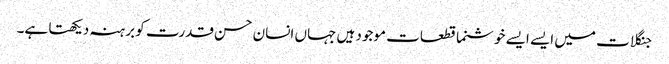
جنگلات میں ایسے ایسے خوشنما قطعات موجود ہیں جہاں انسان حسن قدرت کو برہنہ دیکھتا ہے۔